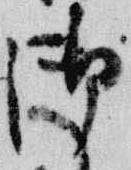
御